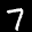
Label: 7